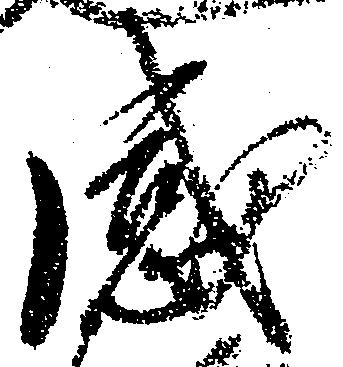
感